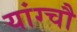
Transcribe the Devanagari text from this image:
यांग्चौ